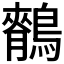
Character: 𪅣